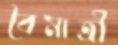
বৈমাত্রী